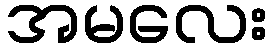
အမလေး